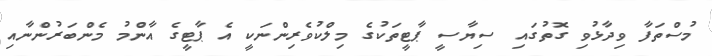
މުސްތަފާ ވިދާޅުވި ގޮތުގައި ސިޔާސީ ޕާޓީތަކުގެ މިލްކުވެރިންނަކީ އެ ޕާޓީގެ އާންމު މެންބަރުންނާއި